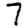
Digit: 7